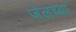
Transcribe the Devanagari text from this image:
जेलच्या